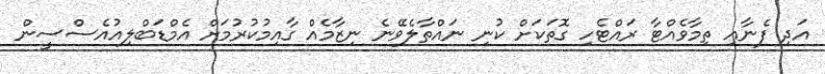
އަދި ފެނާއި ތިމާވެއްޓާ ރައްޓެހި ގޮތަކަށް ކުނި ނައްތާލެވޭނެ ނިޒާމެއް ގާއިމުކުރުމަށް އެމްޑަބްލިއުއެސްސީން